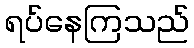
ရပ်နေကြသည်